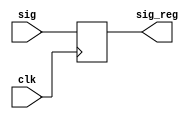
//******************************************************************
// Copyright (c) 2020 PANGO MICROSYSTEMS, INC
// ALL RIGHTS REVERVED.
//******************************************************************
module ipsl_pcie_reg #(
    parameter    SIG_WIDTH = 8
)(
    input                  clk,

    input       [SIG_WIDTH-1:0] sig,
    output reg  [SIG_WIDTH-1:0] sig_reg
);

always@(posedge clk)
begin
    sig_reg <= sig;
end
endmodule